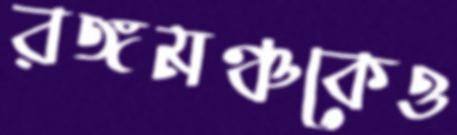
রঙ্গমঞ্চকেও